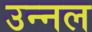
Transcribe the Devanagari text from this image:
उन्नल